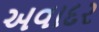
અવાદર